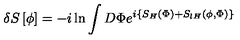
\delta S \left[ \phi \right] = - i \ln \int D \Phi e ^ { i \left\{ S _ { H } \left( \Phi \right) + S _ { l H } \left( \phi , \Phi \right) \right\} }